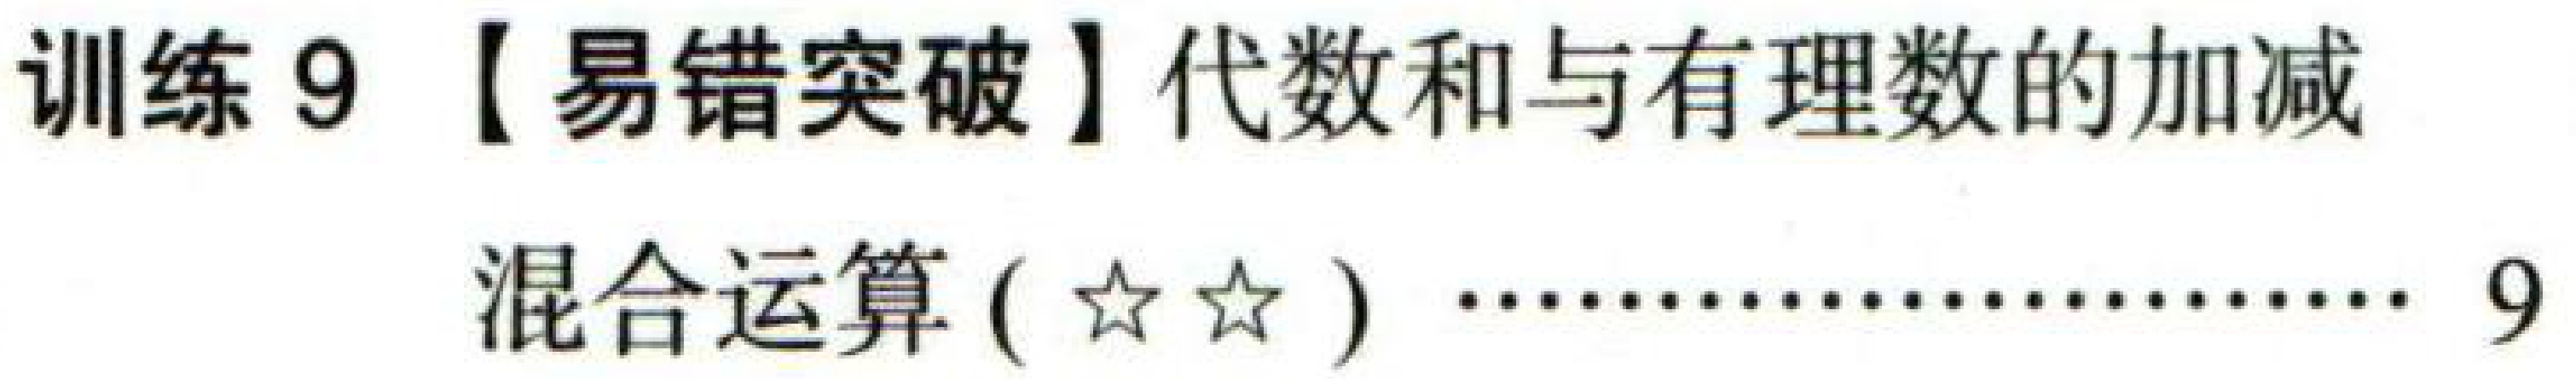
训练 9 【易错突破】代数和与有理数的加减

混合运算(★★) ………………… 9